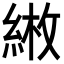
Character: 𦁼